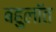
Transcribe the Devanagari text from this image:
बहुलॉत